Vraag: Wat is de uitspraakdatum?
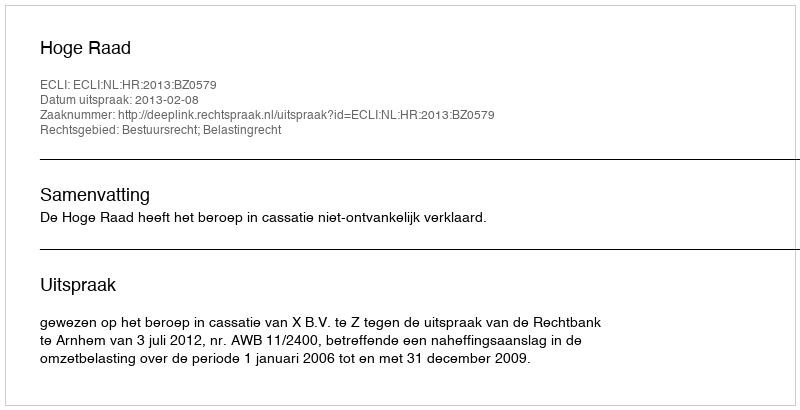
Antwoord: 2013-02-08